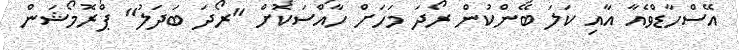
އޭސްހާޑްވެއާ އާއި ކަލަ ބޭންކުން ރޯދަ މަހަށް ހާއްސަކޮށް "ރޯދަ ބަދަލު" ޕްރޮމޯޝަން